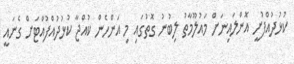
ކުޅުދުއްފުށީ އޮންލައިނަށް މައުލޫމާތު ލިބުނު ގޮތުގައި މި އަންހެން ކުއްޖާ ކުޅުދުއްފުއްޓަށް ގެނައީ